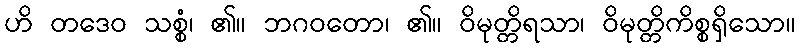
ဟိ တဒေဝ သစ္စံ၊ ၏။ ဘဂဝတော၊ ၏။ ဝိမုတ္တိရသာ၊ ဝိမုတ္တိကိစ္စရှိသော။